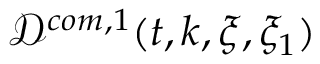
\mathcal { D } ^ { c o m , 1 } ( t , k , \xi , \xi _ { 1 } )